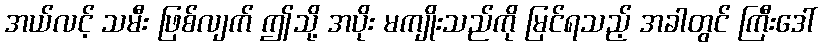
အယ်လင့် သမီး ဖြစ်လျက် ဤသို့ အပိုး မကျိုးသည်ကို မြင်ရသည့် အခါတွင် ကြီးဒေါ်